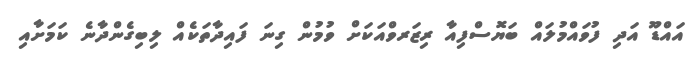
އައްޑޫ އަދި ފުވައްމުލައް ބަޔޮސްފިއާ ރިޒަރވްއަކަށް ވުމުން ގިނަ ފައިދާތަކެއް ލިބިގެންދާނެ ކަމަށާއި